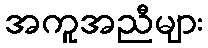
အကူအညီများ